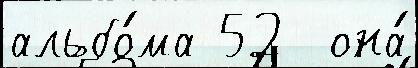
альбо́ма 52  она́